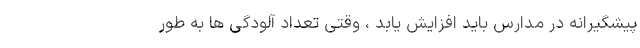
پیشگیرانه در مدارس باید افزایش یابد ، وقتی تعداد آلودگی ها به طور